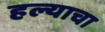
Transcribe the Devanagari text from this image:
हल्याचा